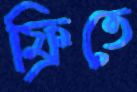
ফ্রিতে